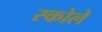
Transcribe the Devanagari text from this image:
स्कोले